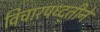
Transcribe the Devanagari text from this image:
विचारपध्द्तीने